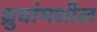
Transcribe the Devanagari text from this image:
ध्रुवांमधील